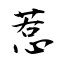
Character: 惹